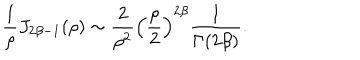
LaTeX: { \frac { 1 } { \rho } } J _ { 2 \beta - 1 } ( \rho ) \sim { \frac { 2 } { \rho ^ { 2 } } } \left( { \frac { \rho } { 2 } } \right) ^ { 2 \beta } { \frac { 1 } { \Gamma ( 2 \beta ) } } .